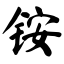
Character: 铵